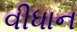
વીધાન